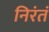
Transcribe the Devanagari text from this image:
निरंतं